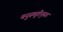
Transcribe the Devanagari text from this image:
मनुस्मृतीनुसार